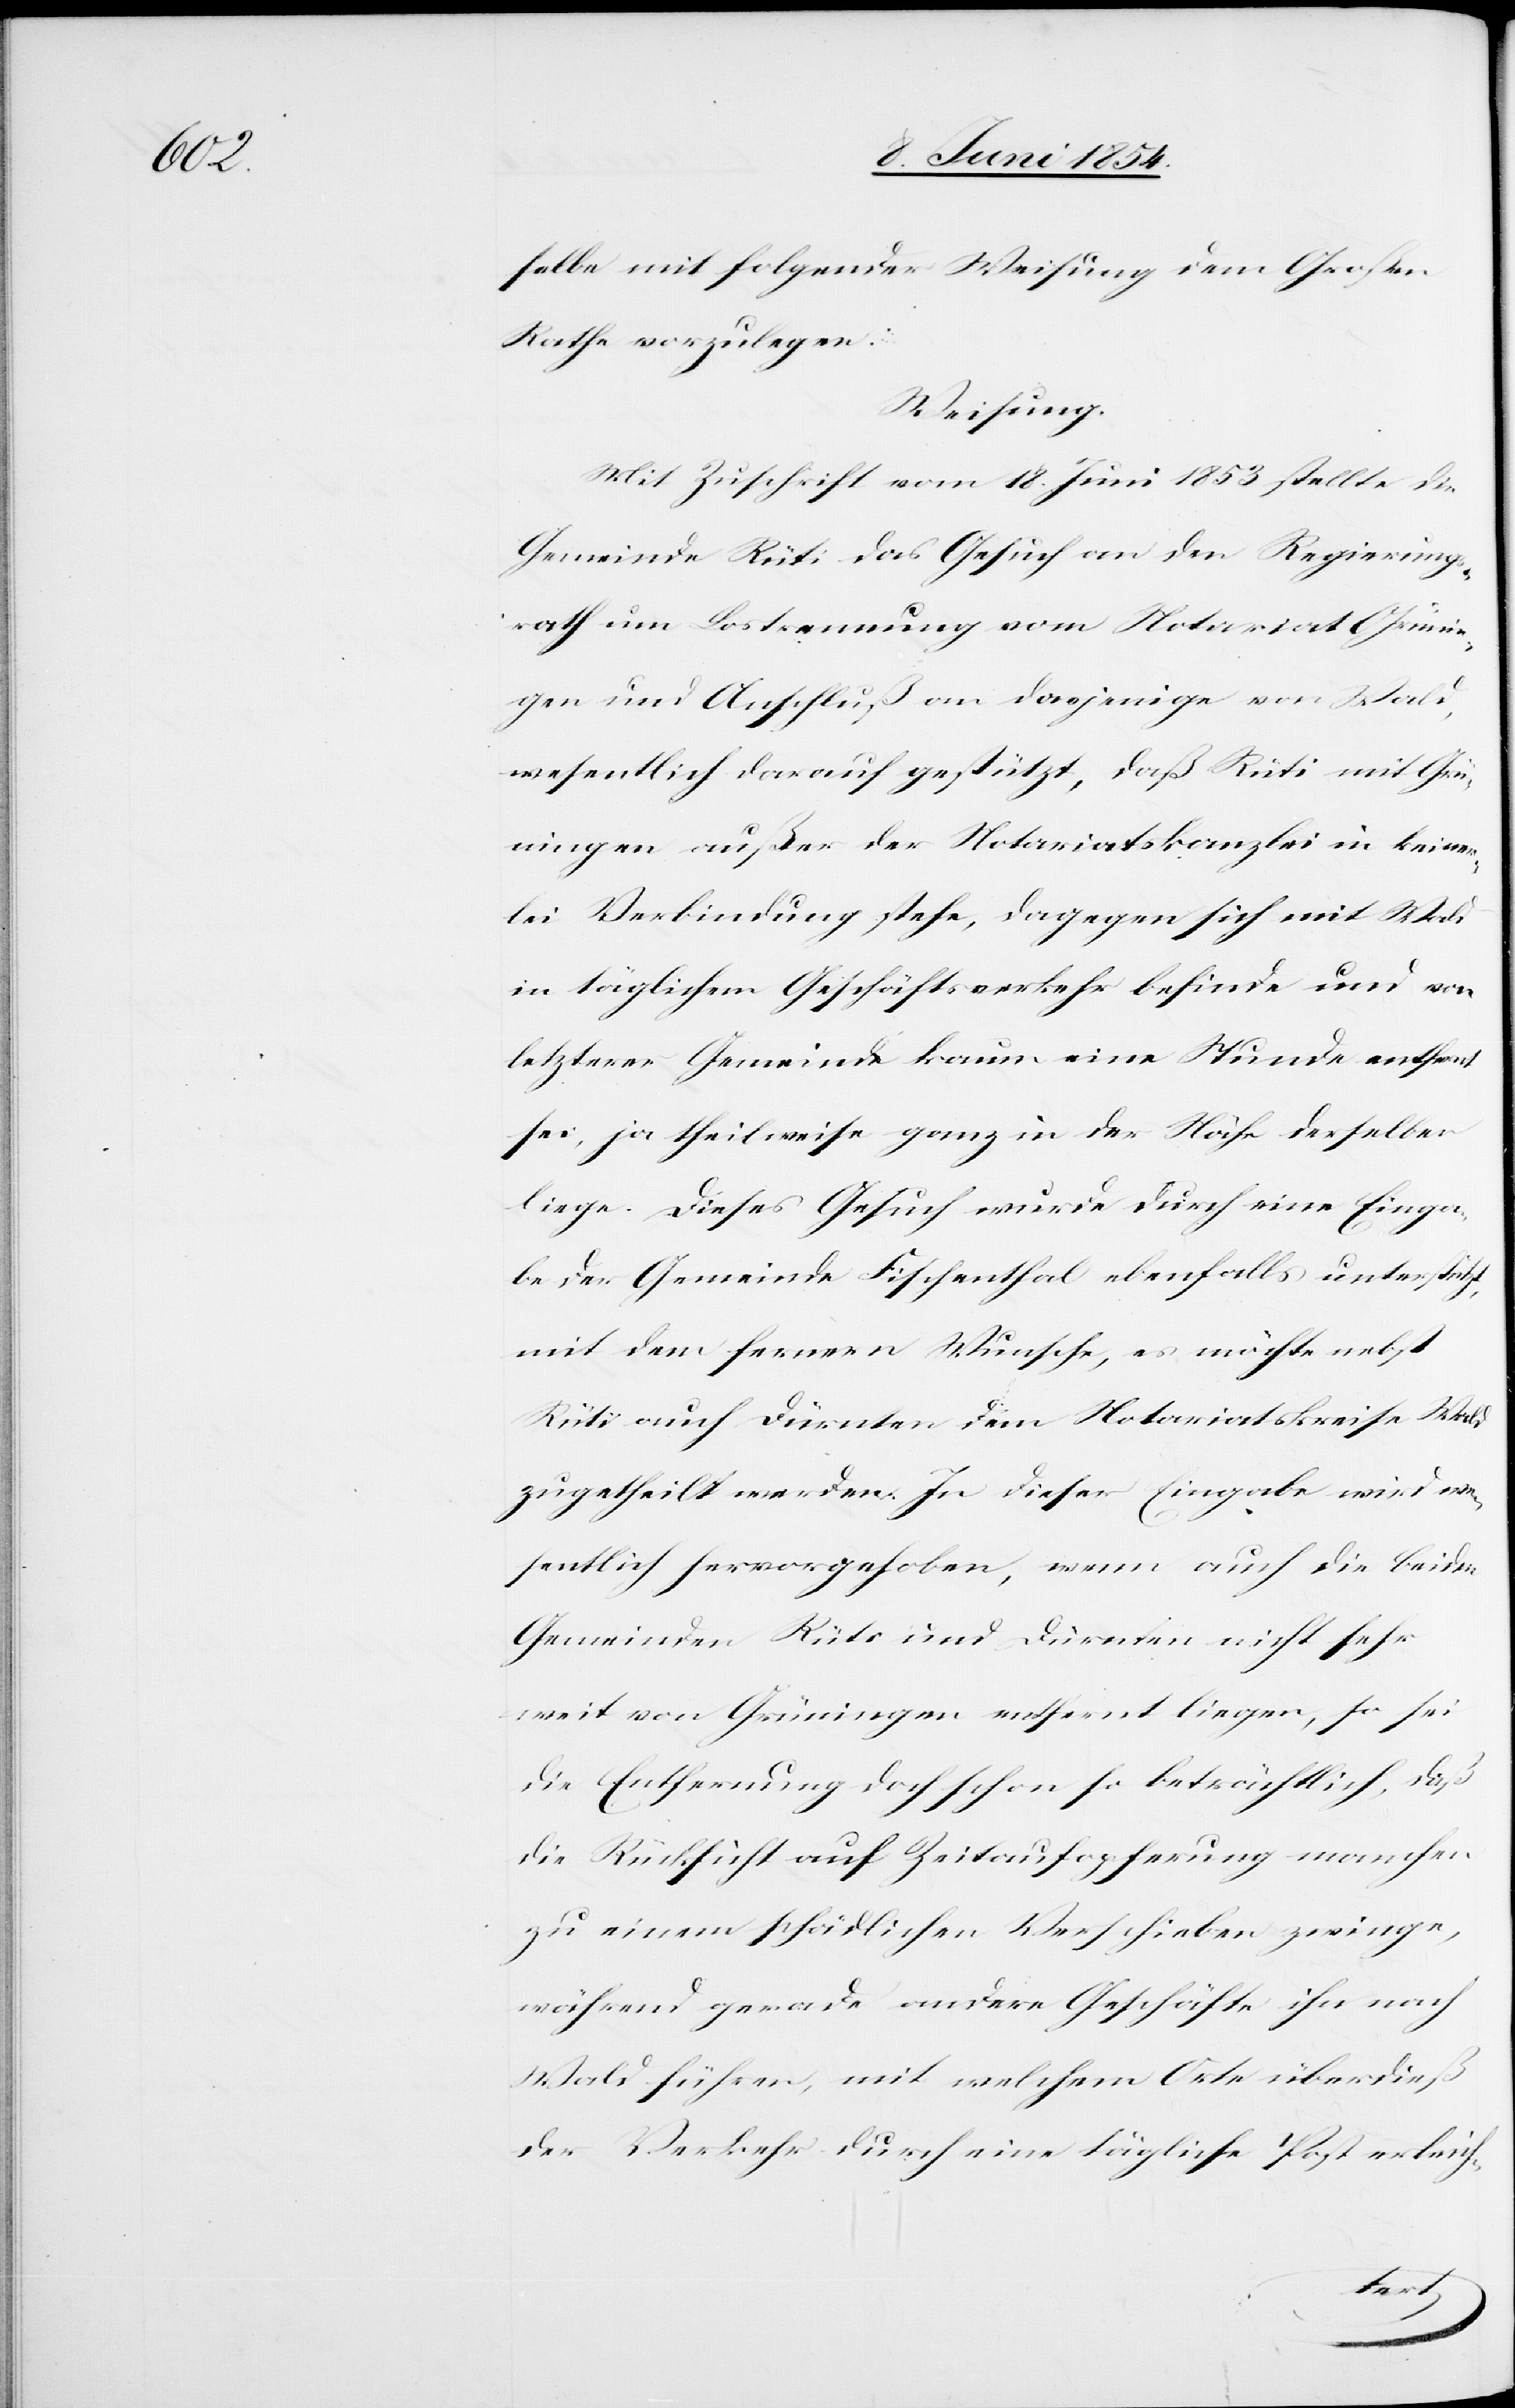
selbe mit folgender Weisung dem Großen
Rathe vorzulegen:
Weisung.
Mit Zuschrift vom 18. Juni 1853 stellte die
Gemeinde Rüti das Gesuch an den Regierungs¬
rath um Lostrennung vom Notariat Grünin¬
gen und Anschluß an dasjenige von Wald,
wesentlich darauf gestützt, daß Rüti mit Grün¬
ingen außer der Notariatskanzlei in keiner¬
lei Verbindung stehe, dagegen sich mit Wald
in täglichem Geschäftsverkehr befinde und von
letzterer Gemeinde kaum eine Stunde entfernt
sei, ja theilweise ganz in der Nähe derselben
liege. Dieses Gesuch wurde durch eine Einga¬
be der Gemeinde Fischenthal ebenfalls unterstützt,
mit dem fernern Wunsche, es möchte nebst
Rüti auch Dürnten dem Notariatskreise Wald
zugetheilt werden. In dieser Eingabe wird we¬
sentlich hervorgehoben, wenn auch die beiden
Gemeinden Rüti und Dürnten nicht sehr
weit von Grüningen entfernt liegen, so sei
die Entfernung doch schon so beträchtlich, daß
die Rücksicht auf Zeitaufopferung mancher
zu einem schädlichen Verschieben zwinge,
während gerade andere Geschäfte ihn nach
Wald führen, mit welchem Orte überdieß
der Verkehr durch eine tägliche Post erleich-